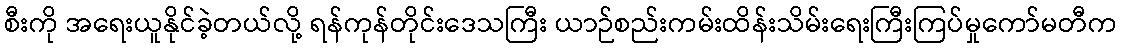
စီးကို အရေးယူနိုင်ခဲ့တယ်လို့ ရန်ကုန်တိုင်းဒေသကြီး ယာဉ်စည်းကမ်းထိန်းသိမ်းရေးကြီးကြပ်မှုကော်မတီက